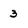
Character: 3